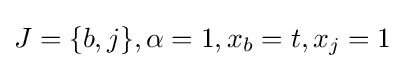
J=\{b,j\},\alpha =1,x_{b}=t,x_{j}=1